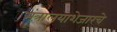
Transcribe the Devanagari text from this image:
मंत्रालयाशेजारचे